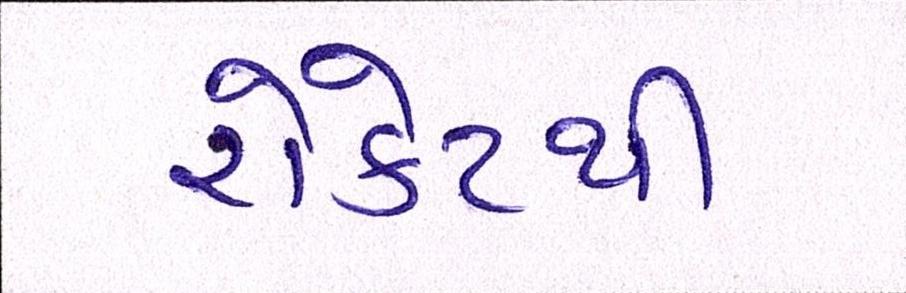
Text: રોકેટથી